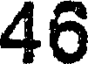
46